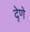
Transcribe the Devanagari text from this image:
दे्णे